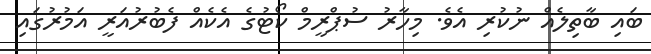
ބައި ބާތިލެއް ނުކުރި އެވެ. މިހާރު ސުޕްރީމް ކޯޓުގެ އެކެއް ފެބުރުއަރީ އަމުރުގައި